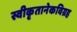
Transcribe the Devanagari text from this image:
स्वीकृतानेकविग्रह